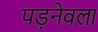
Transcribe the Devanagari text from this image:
पड़नेवला